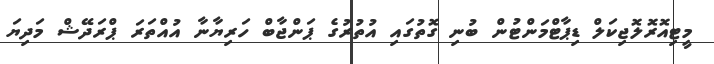
މީޓިއޮރޮލޮޖިކަލް ޑިޕާޓްމަންޓުން ބުނި ގޮތުގައި އުތުރުގެ ޕަންޖާބް ހަރިޔާނާ އުއްތަރަ ޕްރަދޭޝް މަދިޔަ